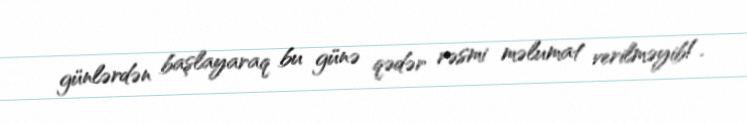
günlərdən başlayaraq bu günə qədər rəsmi məlumat verilməyib!.